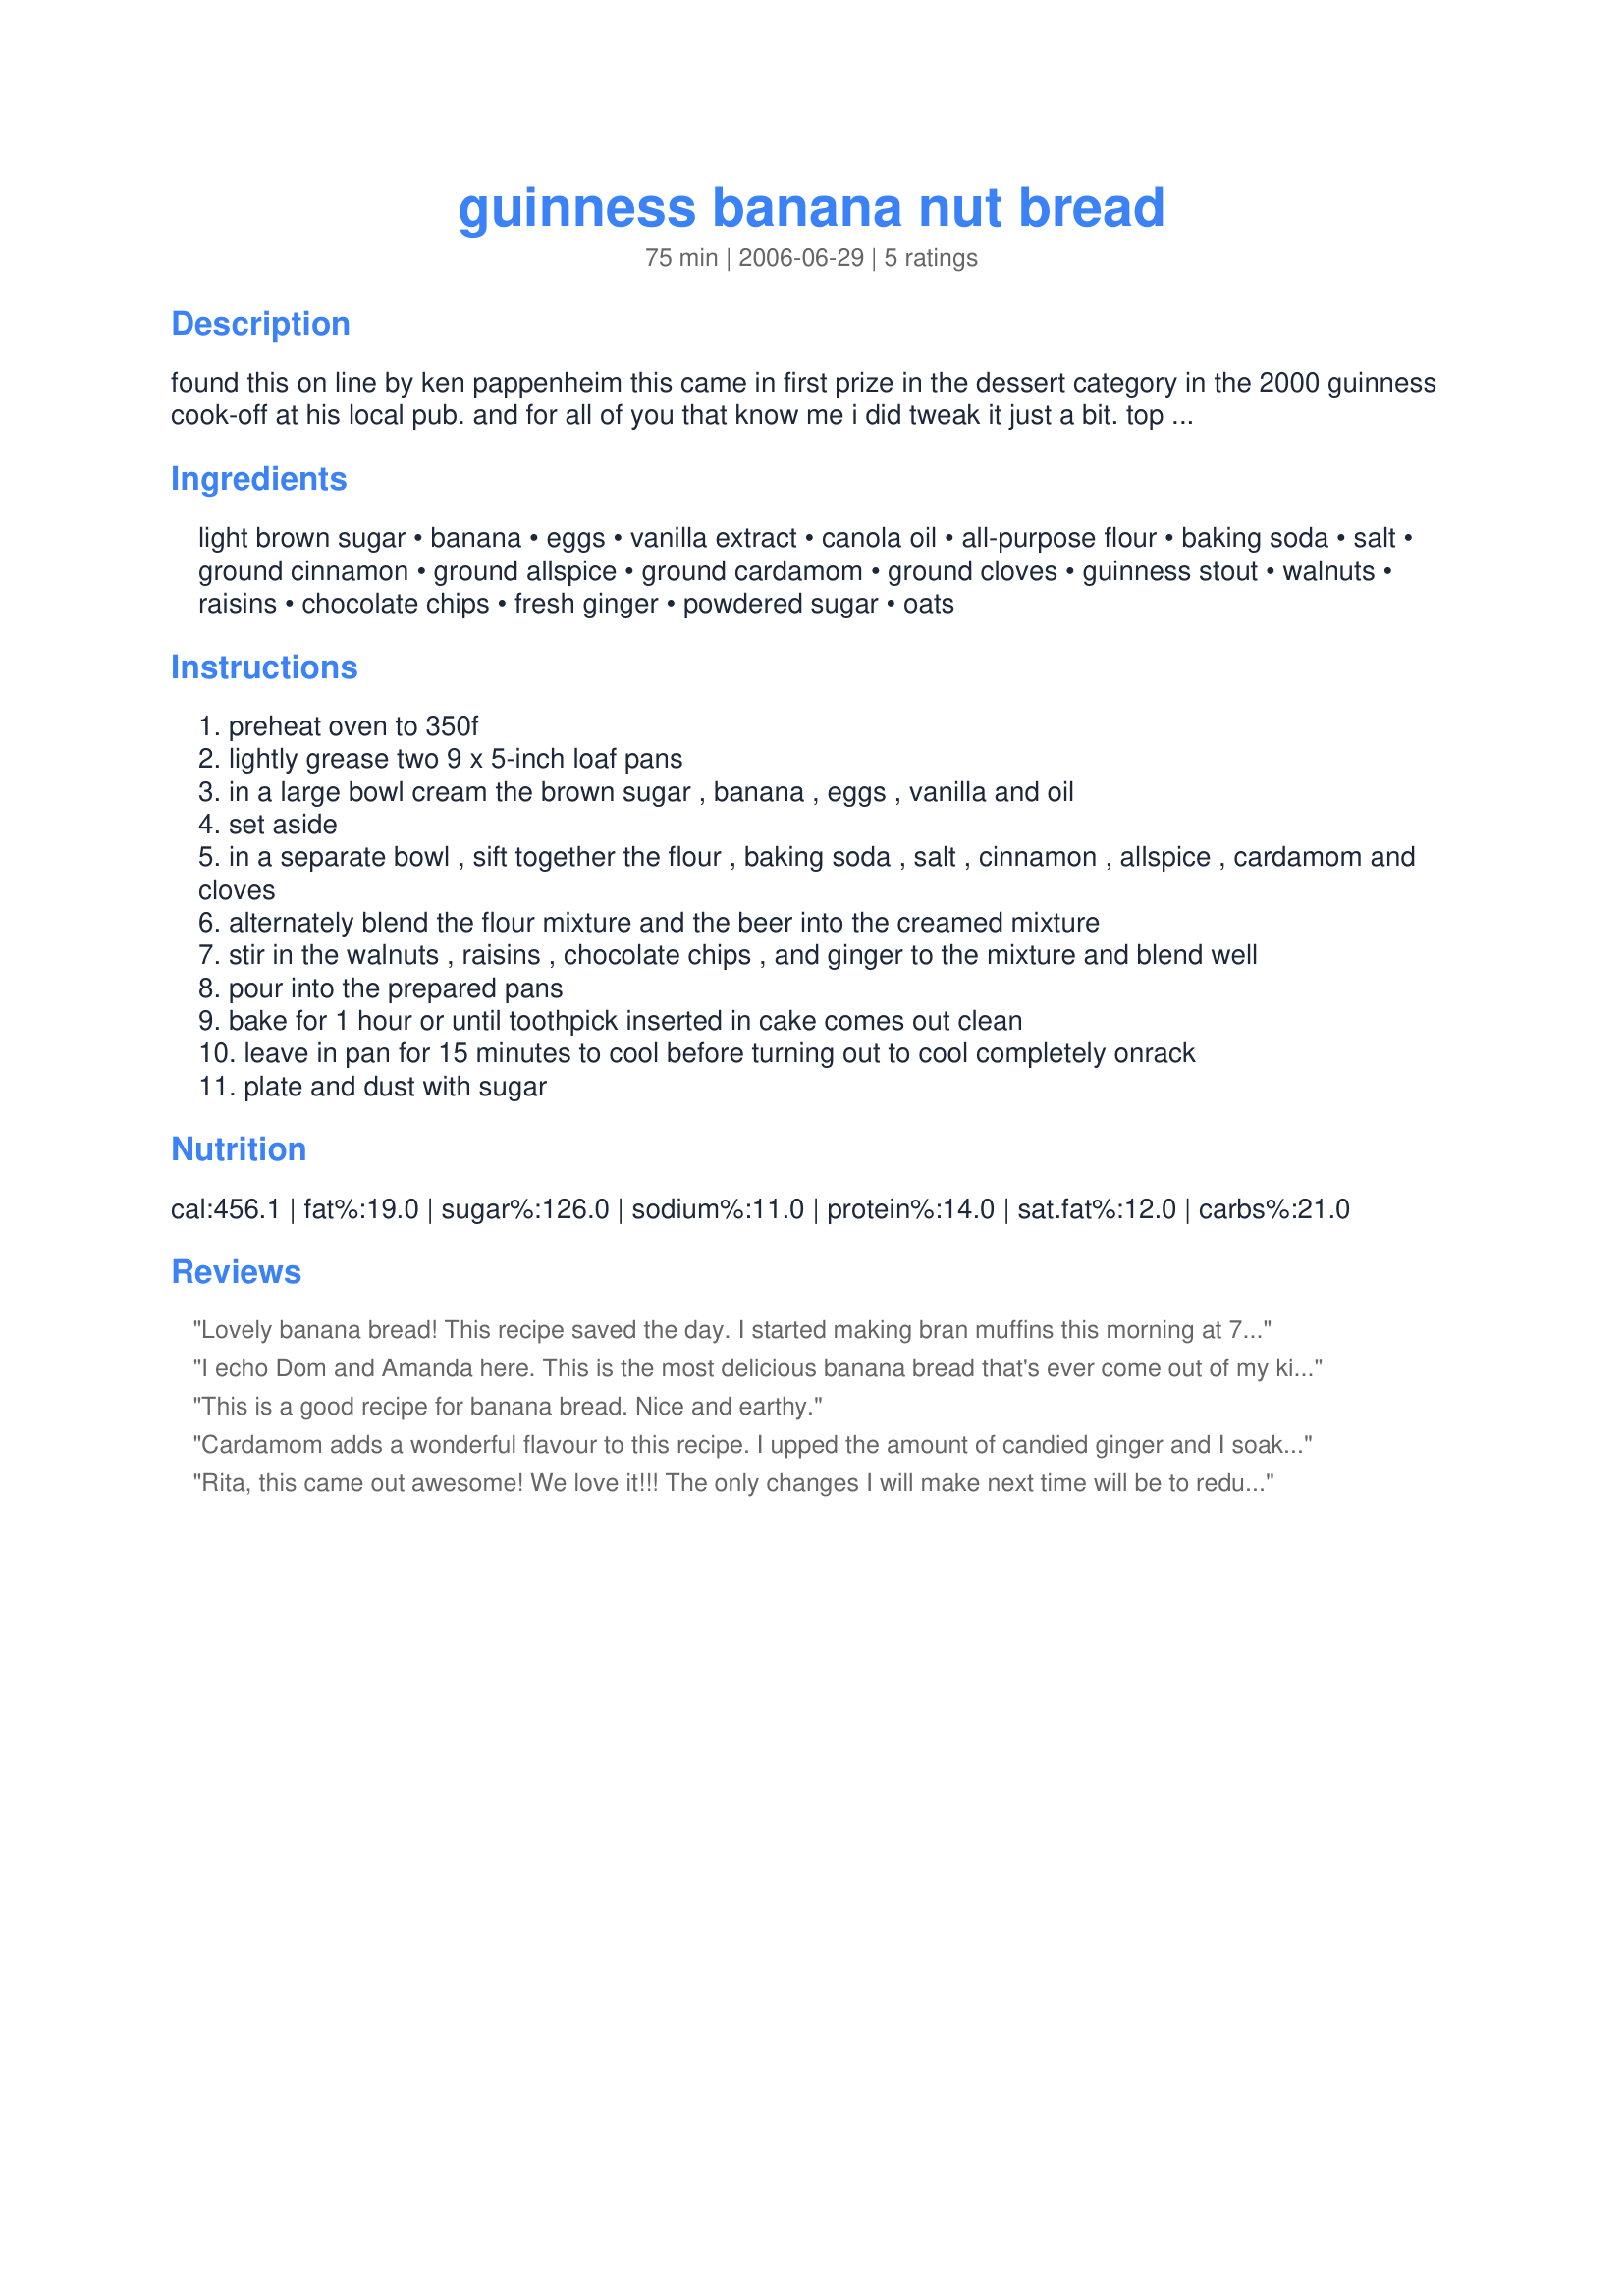
guinness banana nut bread
Preparation time: 75 minutes

found this on line by ken pappenheim this came in first prize in the dessert category in the 2000 guinness cook-off at his local pub. and for all of you that know me i did tweak it just a bit. top it with this recipe #86695 if your want to really bring it up a notch!
heart optional:
you can replace 1/2 cup of flour with irish steel cut oats. i just spun them in the food processor with the sifted ingredients. better for your heart!

Ingredients:
light brown sugar, banana, eggs, vanilla extract, canola oil, all-purpose flour, baking soda, salt, ground cinnamon, ground allspice, ground cardamom, ground cloves, guinness stout, walnuts, raisins, chocolate chips, fresh ginger, powdered sugar, oats

Steps:
preheat oven to 350f
lightly grease two 9 x 5-inch loaf pans
in a large bowl cream the brown sugar , banana , eggs , vanilla and oil
set aside
in a separate bowl , sift together the flour , baking soda , salt , cinnamon , allspice , cardamom and cloves
alternately blend the flour mixture and the beer into the creamed mixture
stir in the walnuts , raisins , chocolate chips , and ginger to the mixture and blend well
pour into the prepared pans
bake for 1 hour or until toothpick inserted in cake comes out clean
leave in pan for 15 minutes to cool before turning out to cool completely onrack
plate and dust with sugar

Reviews:
Lovely banana bread! This recipe saved the day. I started making bran muffins this morning at 7am and after I had mixed together the flour, 2 t. cinnamon, 2 t. baking soda and 1 c. sugar, I realized that I did not have any bran. So the search began for another recipe and I came across this one; I had most of the ingredients so only had to make a few changes. Since I had already added a greater amount of cinnamon, I reduced the other spices to 1/4 t. each based on some of the other reviews. I then used 1 c. brown sugar since I had already stirred in 1 c. granulated sugar. I only had Guinness draught. I used 2 bananas (almost 1 cup). I stirred in 2 generous tablespoons of chopped candied ginger, 1/2 c. dark chocolate chips and 1/2 c. chopped semi-sweet chocolate, 1 c. chopped toasted pecans and 1 c. raisins. I then baked it in a bundt pan for 1 hour. My husband declared this a winner! Thanks for the recipe.
I echo Dom and Amanda here. This is the most delicious banana bread that's ever come out of my kitchen. My DH was swooning over it. It's absolutely gorgeous: dark, rich, with the essential flavours of chocolate, spices, and Guinness in perfect balance. I cut back the cinnamon to 1 tsp and the cardamom to 1/2 tsp and I'll continue to use it that way. My flour was a blend of white and whole wheat. Oh, and I used candied ginger and was rather generous with it, cutting in maybe 3 tbsp. The batter was very runny and I worried about that, but it baked beautifully in 1 hour. Thanks so much for your posting, Rita!
This is a good recipe for banana bread. Nice and earthy.
Cardamom adds a wonderful flavour to this recipe. I upped the amount of candied ginger and I soaked my raisins in Rum for a while ahead of time
Rita, this came out awesome! We love it!!! The only changes I will make next time will be to reduce the cloves to 1/4 tsp. and the cardamom to 1/2 tsp. as we felt the spices were a bit overpowering. But still, delicious! The recipe is really simple to follow and the loaves came out of the pans easily. Thanks for posting. I will definitely be making this again.
